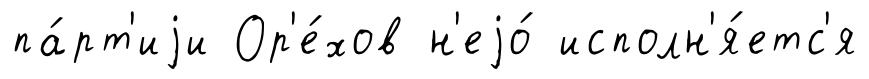
па́рт'иjи Ор'е́хов н'еjо́ исполн'я́етс'я